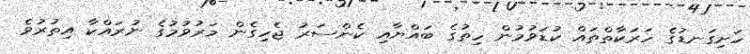
ހަށިގަނޑުގެ ހަރަކާތްތައް ކުޑަވުމުން ހިތުގެ ބައްޔާއި ކެންސަރު ޖެހިގެން މަރުވުމުގެ ނުރައްކާ އިތުރުވެ